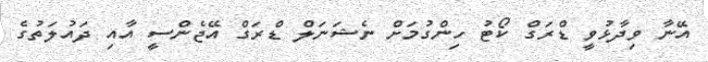
އޭނާ ވިދާޅުވީ ޑްރަގް ކޯޓު ހިންގުމަށް ނެޝަނަލް ޑްރަގް އޭޖެންސީ އާއި ދައުލަތުގެ